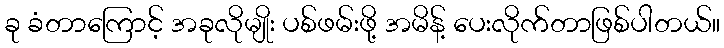
ခု ခံတာကြောင့် အခုလိုမျိုး ပစ်ဖမ်းဖို့ အမိန့် ပေးလိုက်တာဖြစ်ပါတယ်။